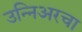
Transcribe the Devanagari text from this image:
उन्निअरचा